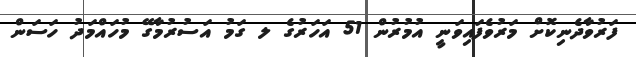
ފަރުވާދެނިކޮށް މަރުވެފައިވަނީ އުމުރުން 51 އަހަރުގެ ލ ގަމު އަސުރުމާގޭ މުހައްމަދު ހަސަން